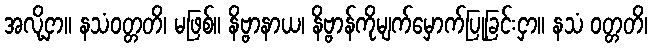
အလို့ငှာ။ နသံဝတ္တတိ၊ မဖြစ်။ နိဗ္ဗာနာယ၊ နိဗ္ဗာန်ကိုမျက်မှောက်ပြုခြင်းငှာ။ နသံ ဝတ္တတိ၊